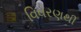
વિવરણથી